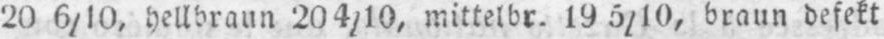
20 6/10, hellbraun 204/10, mittelbr. 19 5/10, braun defekt